Alphabetical list of drugs, medicines and other preparations free from, and containing, spirit compiled from the results of tests made by the customs houses at Calcutta, Bombay, and Madras
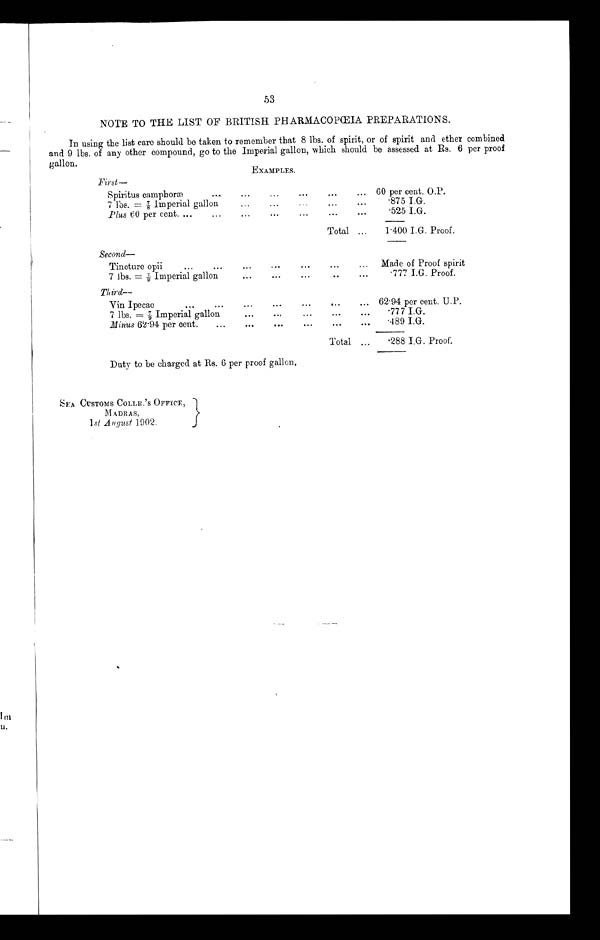
53
NOTE TO THE LIST OF BRITISH PHARMACOPŒIA PREPARATIONS.
In using the list care should be taken to remember that 8 lbs. of spirit, or of spirit and ether combined
and 9 lbs. of any other compound, go to the Imperial gallon, which should be assessed at Rs. 6 per proof
gallon.
EXAMPLES.
First—
Spiritus camphoræ
...
...
...
...
...
... 60 per cent. O.P.
7 l b s . = 7 / 8 I m p e r i a l g a l l o n
. . .
...
...
.875 I.G.
Plus 60 per cent. ...
...
...
...
...
...
...
.525 I.G.
Total ...
1.400 I.G. Proof.
Second—
Tincture opii...
...
...
...
...
Made of Proof spirit
7 lbs. = 7/9 Imperial gallon ... ... ...
...
.777 I.G. Proof.
Third—
Vin Ipecac
...
...
...
...
...
...
62.94 per cent. U.P.
7 lbs. =7/9 Imperial gallon
...
...
...
...
...
.777 I.G.
Minus 62.94 per cent.
...
...
...
...
...
...
.489 I.G.
Total
...
.288 I.G. Proof'.
Duty to be charged at Rs. 6 per proof gallon
.
S E A C U S T O M S C O L L R .
' S
MADRAS,
1 s t A u g u s t 1 9 0 2 .